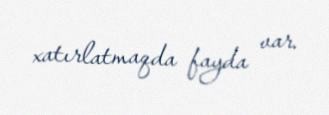
xatırlatmaqda fayda var.